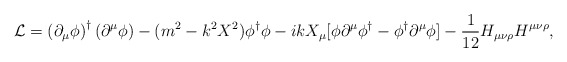
\begin{align*}{\cal L}= \left( \partial_\mu \phi \right)^\dagger \left(\partial^\mu \phi \right) -(m^2- k^2X^2)\phi^\dagger\phi -ikX_\mu[\phi \partial^\mu \phi ^\dagger - \phi^\dagger\partial^\mu \phi ]- \frac{1}{12}H_{\mu\nu\rho}H^{\mu\nu\rho},\end{align*}